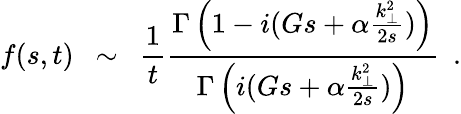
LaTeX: f(s,t)~~\sim~~{\frac{1}{t}}{\frac{\Gamma\left(1-i(Gs+\alpha{\frac{k_{\perp}^{2}}{2s}})\right)}{\Gamma\left(i(Gs+\alpha{\frac{k_{\perp}^{2}}{2s}})\right)}}~~.